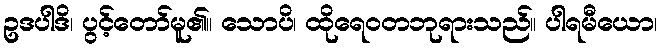
ဥဒပါဒိ၊ ပွင့်တော်မူ၏။ သောပိ၊ ထိုရေဝတဘုရားသည်။ ပါရမီယော၊